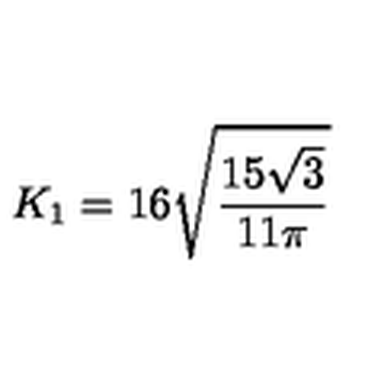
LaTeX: K _ { 1 } = 1 6 \sqrt { { \frac { 1 5 \sqrt { 3 } } { 1 1 \pi } } }